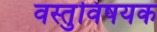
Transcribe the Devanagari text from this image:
वस्तुविषयक